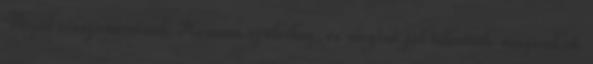
Végül visszamentünk Komám szüleihez, és megint jól teleettük magunkat.